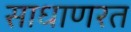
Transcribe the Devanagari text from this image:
साधाणरत